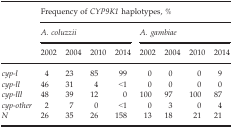
| <ROWSPAN=3>  | <COLSPAN=8> Frequency of CYP9K1 haplotypes, % |
 | <COLSPAN=4> A. coluzzii | <COLSPAN=4> A. gambiae |
 | 2002 | 2004 | 2010 | 2014 | 2002 | 2004 | 2010 | 2014 |
 | --- | --- | --- | --- | --- | --- | --- | --- | --- |
 | cyp‐l | 4 | 23 | 85 | 99 | 0 | 0 | 0 | 9 |
 | cyp‐ll | 46 | 31 | 4 | <1 | 0 | 0 | 0 | 0 |
 | cyp‐lll | 48 | 39 | 12 | 0 | 100 | 97 | 100 | 87 |
 | cyp‐other | 2 | 7 | 0 | <1 | 0 | 3 | 0 | 4 |
 | N | 26 | 35 | 26 | 158 | 13 | 18 | 21 | 21 |